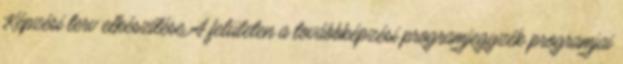
Képzési terv elkészítése A felületen a továbbképzési programjegyzék programjai